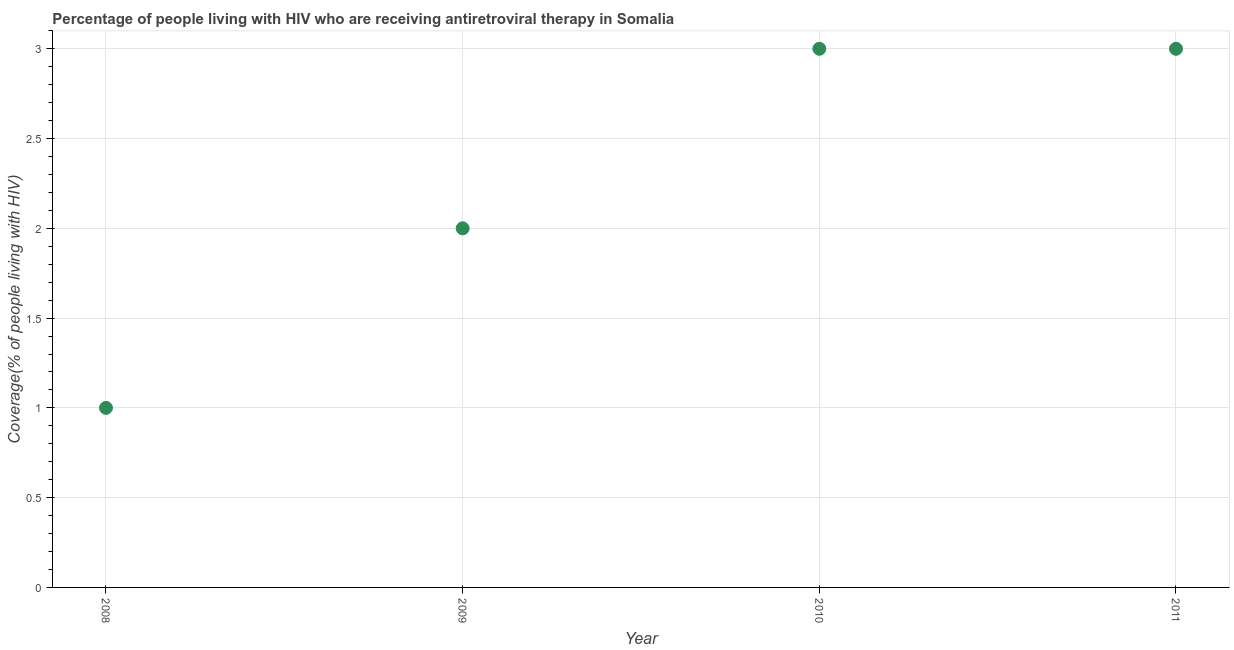
| Year | Antiretroviral therapy coverage |
 | --- | --- |
 | 2008 | 1 |
 | 2009 | 2 |
 | 2010 | 3 |
 | 2011 | 3 |